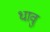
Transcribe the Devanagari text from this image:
धावु